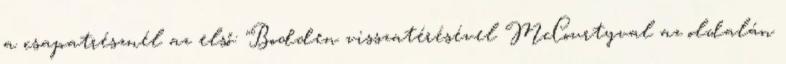
a csapatrésznél az első: "Bodden visszatérésével McCourtyval az oldalán